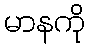
မာနကို